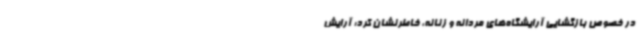
در خصوص بازگشایی آرایشگاه‌های مردانه و زنانه، خاطرنشان کرد: آرایش